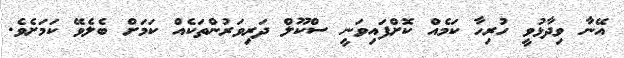
އޭނާ ވިދާޅުވީ ހުރިހާ ކަމެއް ކޮށްފައިވަނީ ސްކޫލް ދަރިވަރުންތަކެއް ކަމަށް ބެލެވޭ ކަމަށެވެ.